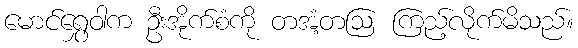
မောင်ရွှေဝါက ဦးအိုက်စံကို တအံ့တဩ ကြည့်လိုက်မိသည်။